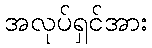
အလုပ်ရှင်အား